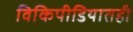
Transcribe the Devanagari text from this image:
विकिपीडियातही